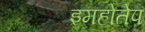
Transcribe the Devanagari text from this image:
इमहोतेप